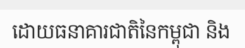
ដោយធនាគារជាតិនៃកម្ពុជា និង